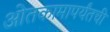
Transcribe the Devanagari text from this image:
ओतकामापर्यंतची